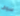
سوف